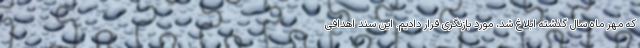
که مهر ماه سال گذشته ابلاغ شد، مورد بازنگری قرار دادیم. این سند اهدافی